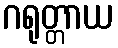
ဂရုတ္တာယ